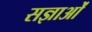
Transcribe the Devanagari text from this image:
सज्ञाओं